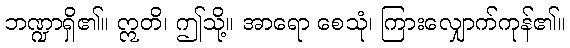
ဘဏ္ဍာရှိ၏။ ဣတိ၊ ဤသို့။ အာရော စေသုံ၊ ကြားလျှောက်ကုန်၏။